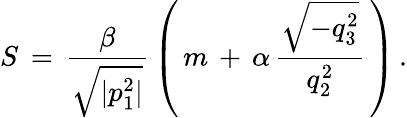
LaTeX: S\, =\, \frac{\beta}{\sqrt{|p_{1}^{2}|}}\, \left(\, m\, +\, \alpha\, \frac{\sqrt{-q_{3}^{2}}}{q_{2}^{2}}\, \right)\, {.}